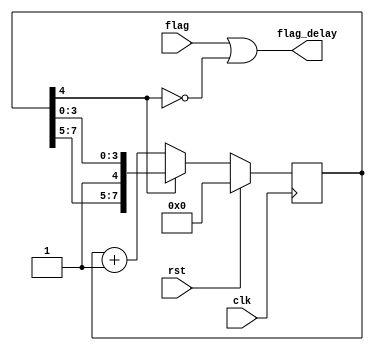
`timescale 1ns / 1ps
//////////////////////////////////////////////////////////////////////////////////
// Company: 
// Engineer: 
// 
// Design Name: 
// Module Name:    rst_flag_delay 
// Project Name: 
// Target Devices: 
// Tool versions: 
// Description: 
//
// Dependencies: 
//
// Revision: 
// Revision 0.01 - File Created
// Additional Comments: 
//
//////////////////////////////////////////////////////////////////////////////////
module rst_flag_delay(
		input clk,
		input rst,
		input flag,
		output flag_delay
    );

reg[7:0] rst_cnt;	
	
always@(posedge clk) begin
	if(rst)
		rst_cnt<=8'b0;
	else if(rst_cnt[4]==1'b0)
		rst_cnt<=rst_cnt+1'b1;
	else
		rst_cnt<=rst_cnt;
end

assign flag_delay=flag | (~rst_cnt[4]);	 


endmodule